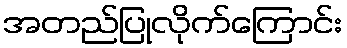
အတည်ပြုလိုက်ကြောင်း